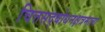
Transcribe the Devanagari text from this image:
चित्तसद्‍बोधनक्षत्रमाला